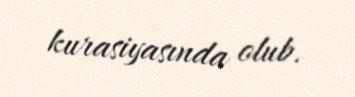
kurasiyasında olub.